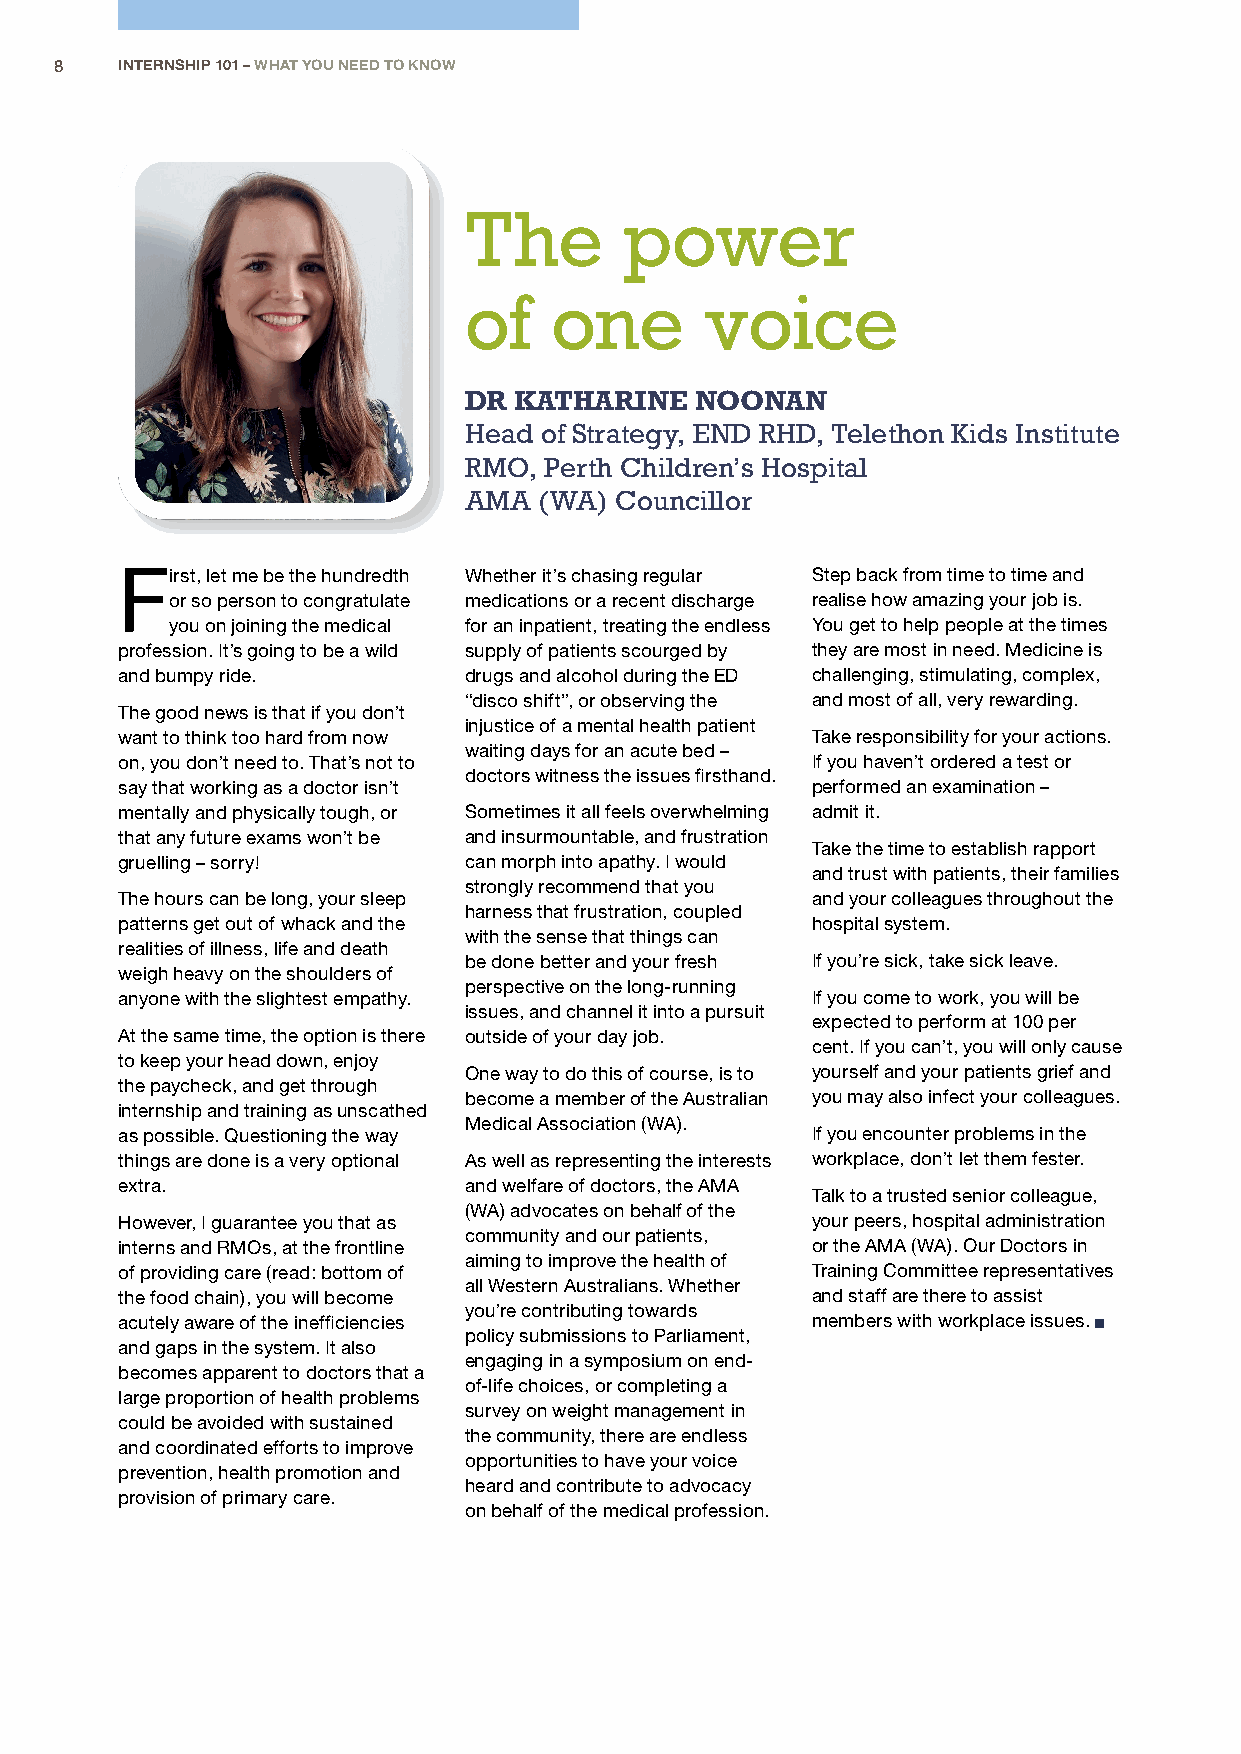
8   INTERNSHIP 101 – WHAT YOU NEED TO KNOW
 The       power
 of   one        voice
 DR KATHARINE   NOONAN
 Head of Strategy, END RHD, Telethon Kids Institute
 RMO, Perth Children’s Hospital
 AMA  (WA) Councillor
 First, let me be the hundredth Whether it’s chasing regular Step back from time to time and
 or so person to congratulate medications or a recent discharge realise how amazing your job is.
 you on joining the medical for an inpatient, treating the endless You get to help people at the times
 profession. It’s going to be a wild supply of patients scourged by they are most in need. Medicine is
 and bumpy ride.        drugs and alcohol during the ED challenging, stimulating, complex,
 “disco shift”, or observing the and most of all, very rewarding.
 The good news is that if you don’t
 injustice of a mental health patient
 want to think too hard from now               Take responsibility for your actions.
 waiting days for an acute bed –
 on, you don’t need to. That’s not to          If you haven’t ordered a test or
 doctors witness the issues firsthand.
 say that working as a doctor isn’t            performed an examination –
 mentally and physically tough, or Sometimes it all feels overwhelming admit it.
 that any future exams won’t be and insurmountable, and frustration
 Take the time to establish rapport
 gruelling – sorry!     can morph into apathy. I would
 and trust with patients, their families
 strongly recommend that you
 The hours can be long, your sleep             and your colleagues throughout the
 harness that frustration, coupled
 patterns get out of whack and the             hospital system.
 with the sense that things can
 realities of illness, life and death
 be done better and your fresh If you’re sick, take sick leave.
 weigh heavy on the shoulders of
 perspective on the long-running
 anyone with the slightest empathy.            If you come to work, you will be
 issues, and channel it into a pursuit
 expected to perform at 100 per
 At the same time, the option is there outside of your day job.
 cent. If you can’t, you will only cause
 to keep your head down, enjoy
 One way to do this of course, is to yourself and your patients grief and
 the paycheck, and get through
 become a member of the Australian you may also infect your colleagues.
 internship and training as unscathed
 Medical Association (WA).
 as possible. Questioning the way              If you encounter problems in the
 things are done is a very optional As well as representing the interests workplace, don’t let them fester.
 extra.                 and welfare of doctors, the AMA
 Talk to a trusted senior colleague,
 (WA) advocates on behalf of the
 However, I guarantee you that as              your peers, hospital administration
 community and our patients,
 interns and RMOs, at the frontline            or the AMA (WA). Our Doctors in
 aiming to improve the health of
 of providing care (read: bottom of            Training Committee representatives
 all Western Australians. Whether
 the food chain), you will become              and staff are there to assist
 you’re contributing towards
 acutely aware of the inefficiencies           members with workplace issues.
 policy submissions to Parliament,
 and gaps in the system. It also
 engaging in a symposium on end-
 becomes apparent to doctors that a
 of-life choices, or completing a
 large proportion of health problems
 survey on weight management in
 could be avoided with sustained
 the community, there are endless
 and coordinated efforts to improve
 opportunities to have your voice
 prevention, health promotion and
 heard and contribute to advocacy
 provision of primary care.
 on behalf of the medical profession.